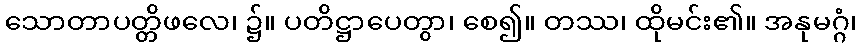
သောတာပတ္တိဖလေ၊ ၌။ ပတိဋ္ဌာပေတွာ၊ စေ၍။ တဿ၊ ထိုမင်း၏။ အနုမဂ္ဂံ၊